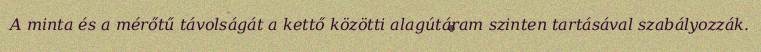
A minta és a mérőtű távolságát a kettő közötti alagútáram szinten tartásával szabályozzák.